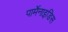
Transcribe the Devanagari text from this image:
पार्मेनाइडिस